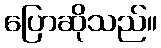
ပြောဆိုသည်။